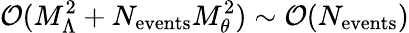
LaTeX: {\cal O}(M_{\Lambda}^{2}+N_{\mathrm{events}}M_{\theta}^{2})\sim{\cal O}(N_{\mathrm{events}})